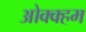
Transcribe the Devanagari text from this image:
ओक्क्हम